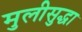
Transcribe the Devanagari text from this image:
मुलीसुद्धा